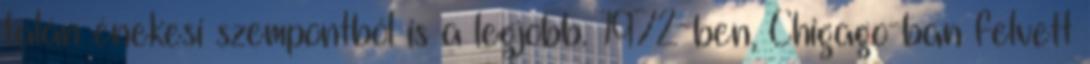
talán énekesi szempontból is a legjobb. 1972-ben, Chigago-ban felvett